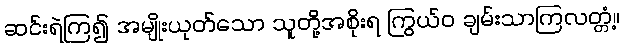
ဆင်းရဲကြ၍ အမျိုးယုတ်သော သူတို့အစိုးရ ကြွယ်ဝ ချမ်းသာကြလတ္တံ့။